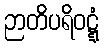
ဉာတိပရိဝဋ္ဋံ